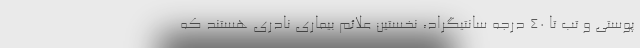
پوستی و تب تا ۴۰ درجه سانتیگراد، نخستین علائم بیماری نادری هستند که